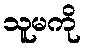
သူမကို